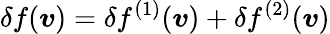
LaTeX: \delta f(\boldsymbol{v})=\delta f^{(1)}(\boldsymbol{v})+\delta f^{(2)}(\boldsymbol{v})